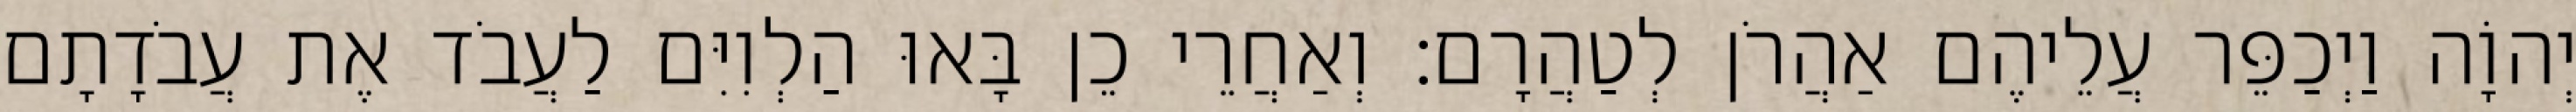
יְהוָֹה וַיְכַפֵּר עֲלֵיהֶם אַהֲרֹן לְטַהֲרָם׃ וְאַחֲרֵי כֵן בָּאוּ הַלְוִיִּם לַעֲבֹד אֶת עֲבֹדָתָם